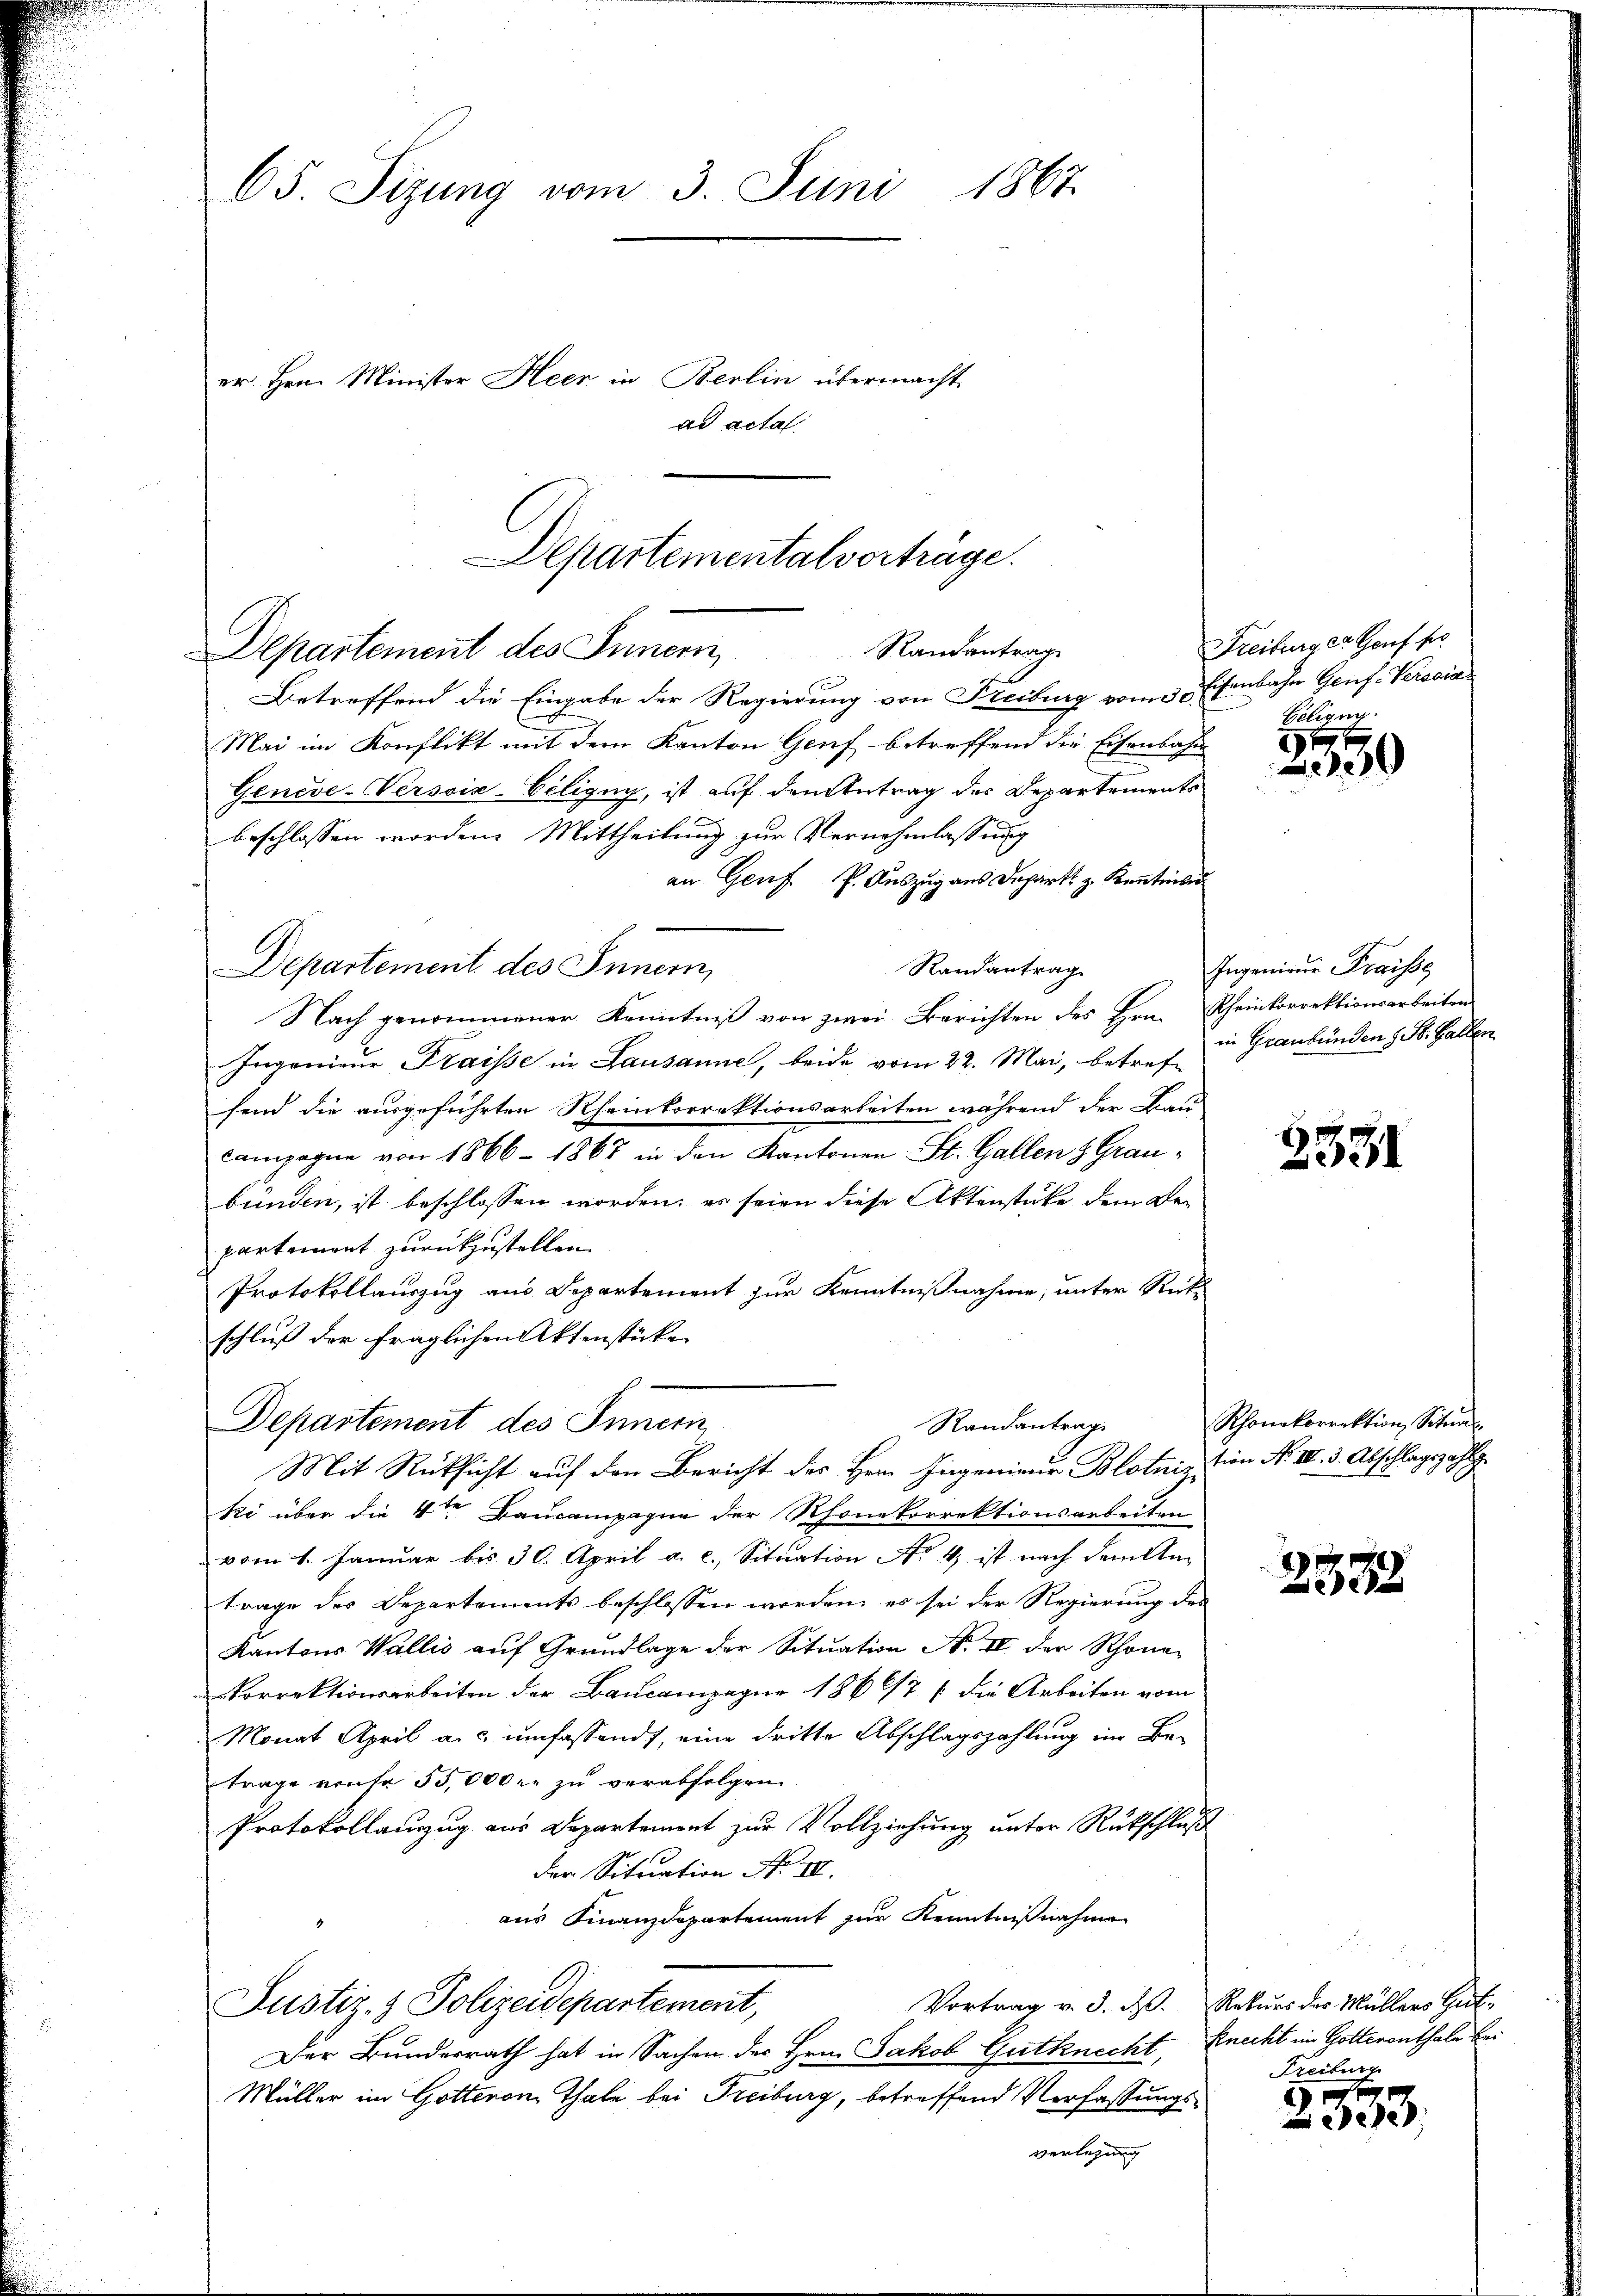
65. Sizung vom 3. Juni 1867.
er Hrn. Minister Heer in Berlin übermacht
ad acta

Departementalverträge.
Randantrag
Departement des Innern,

Departement des Innern,

Betreffend die Eingabe der Regierung von Freiburg von Eisenbahn Genf-Verscia
Mai im Konflikt mit dem Kanton Genf betreffend die Eisenbahn
Geneve-Versoix-Eiligny, ist auf den Antrag des Departements
beschlossen worden. Mittheilung zur Vernehmlassung
an Genf P. Auszug aus Depart z. Kantibu
Randantrag
Nach genommener Kenntniß von zwei Berichten des Hrn. Rheinkorrektionsarbeiten
Ingenieur Fraisse in Lausanne, beide vom 22. Mai, betreffend die ausgeführten Rheinkorrektionsarbeiten während der Bau-
campagne von 1866 - 1868 in den Kantonen St. Gallen & Graubunden, ist beschlossen worden, es seien diese Aktenstücke dem Bepartement zurückzustellen.
Protokollauszug aus Departement zur Kenntnißnahme, unter Ruts
schluß der fraglichen Aktenstücke
Departement des Innern
ki über die 4te Baucampagne der Rhonekorrektionsarbeiten
vom 1. Januar bis 30. April a. c., Situation No 4 ist nach dem tan
trage des Departements beschlossen worden, es sei der Regierung des
Kantons Wallis aŭf Grundlage der Sitŭation No II der Schöner
orrektionsarbeiten der Baucompagur 1866/7 / die Arbeiten vom
Monat April a. c. umfassend, eine dritte Abschlagszahlung im Betrage trafe 55,000 r. zu verabfolgen.
Protokollauszug aus Departement zur Vollziehung unter Rückschluß
der Situation No II.
aus Finanzdepartement zur Kenntnißnahme
Vortrag v. 3. d. Rekŭrs des Müllers Haf-
Justiz- & Polizeidepartement,
Der Bundesrath hat in Sachen der Hrn. Jakob Gutknecht, Knecht im Gotterenthale bei
Müller im Gotteron Thale bei Freiburg, betreffend Verfassungsverlesung

Randantrag
Mit Rücksicht auf den Bericht des Herrn Ingenieur Blotniz

Freiburg er Genf her
Gelegun

1
00

Ingenieur Fraisse
in Graubünden 1 St. Gallen

3331

Rhonekorrektion Situal
tion N. III. 3. Abschlagszahl

2388

d
Freiburg

e
 ede